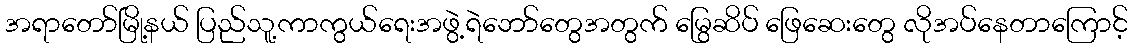
အရာတော်မြို့နယ် ပြည်သူ့ကာကွယ်ရေးအဖွဲ့ရဲဘော်တွေအတွက် မြွေဆိပ် ဖြေဆေးတွေ လိုအပ်နေတာကြောင့်